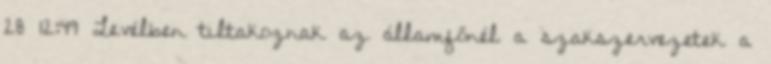
28 12:49 Levélben tiltakoznak az államfőnél a szakszervezetek a